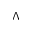
\Lambda